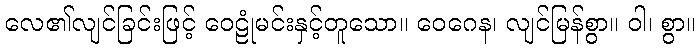
လေ၏လျင်ခြင်းဖြင့် ဝေဠုံမင်းနှင့်တူသော။ ဝေဂေန၊ လျင်မြန်စွာ။ ဝါ၊ စွာ။